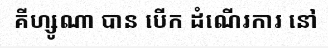
គីហ្សូណា បាន បើក ដំណើរការ នៅ